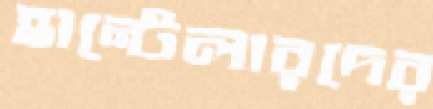
হান্টেলারদের